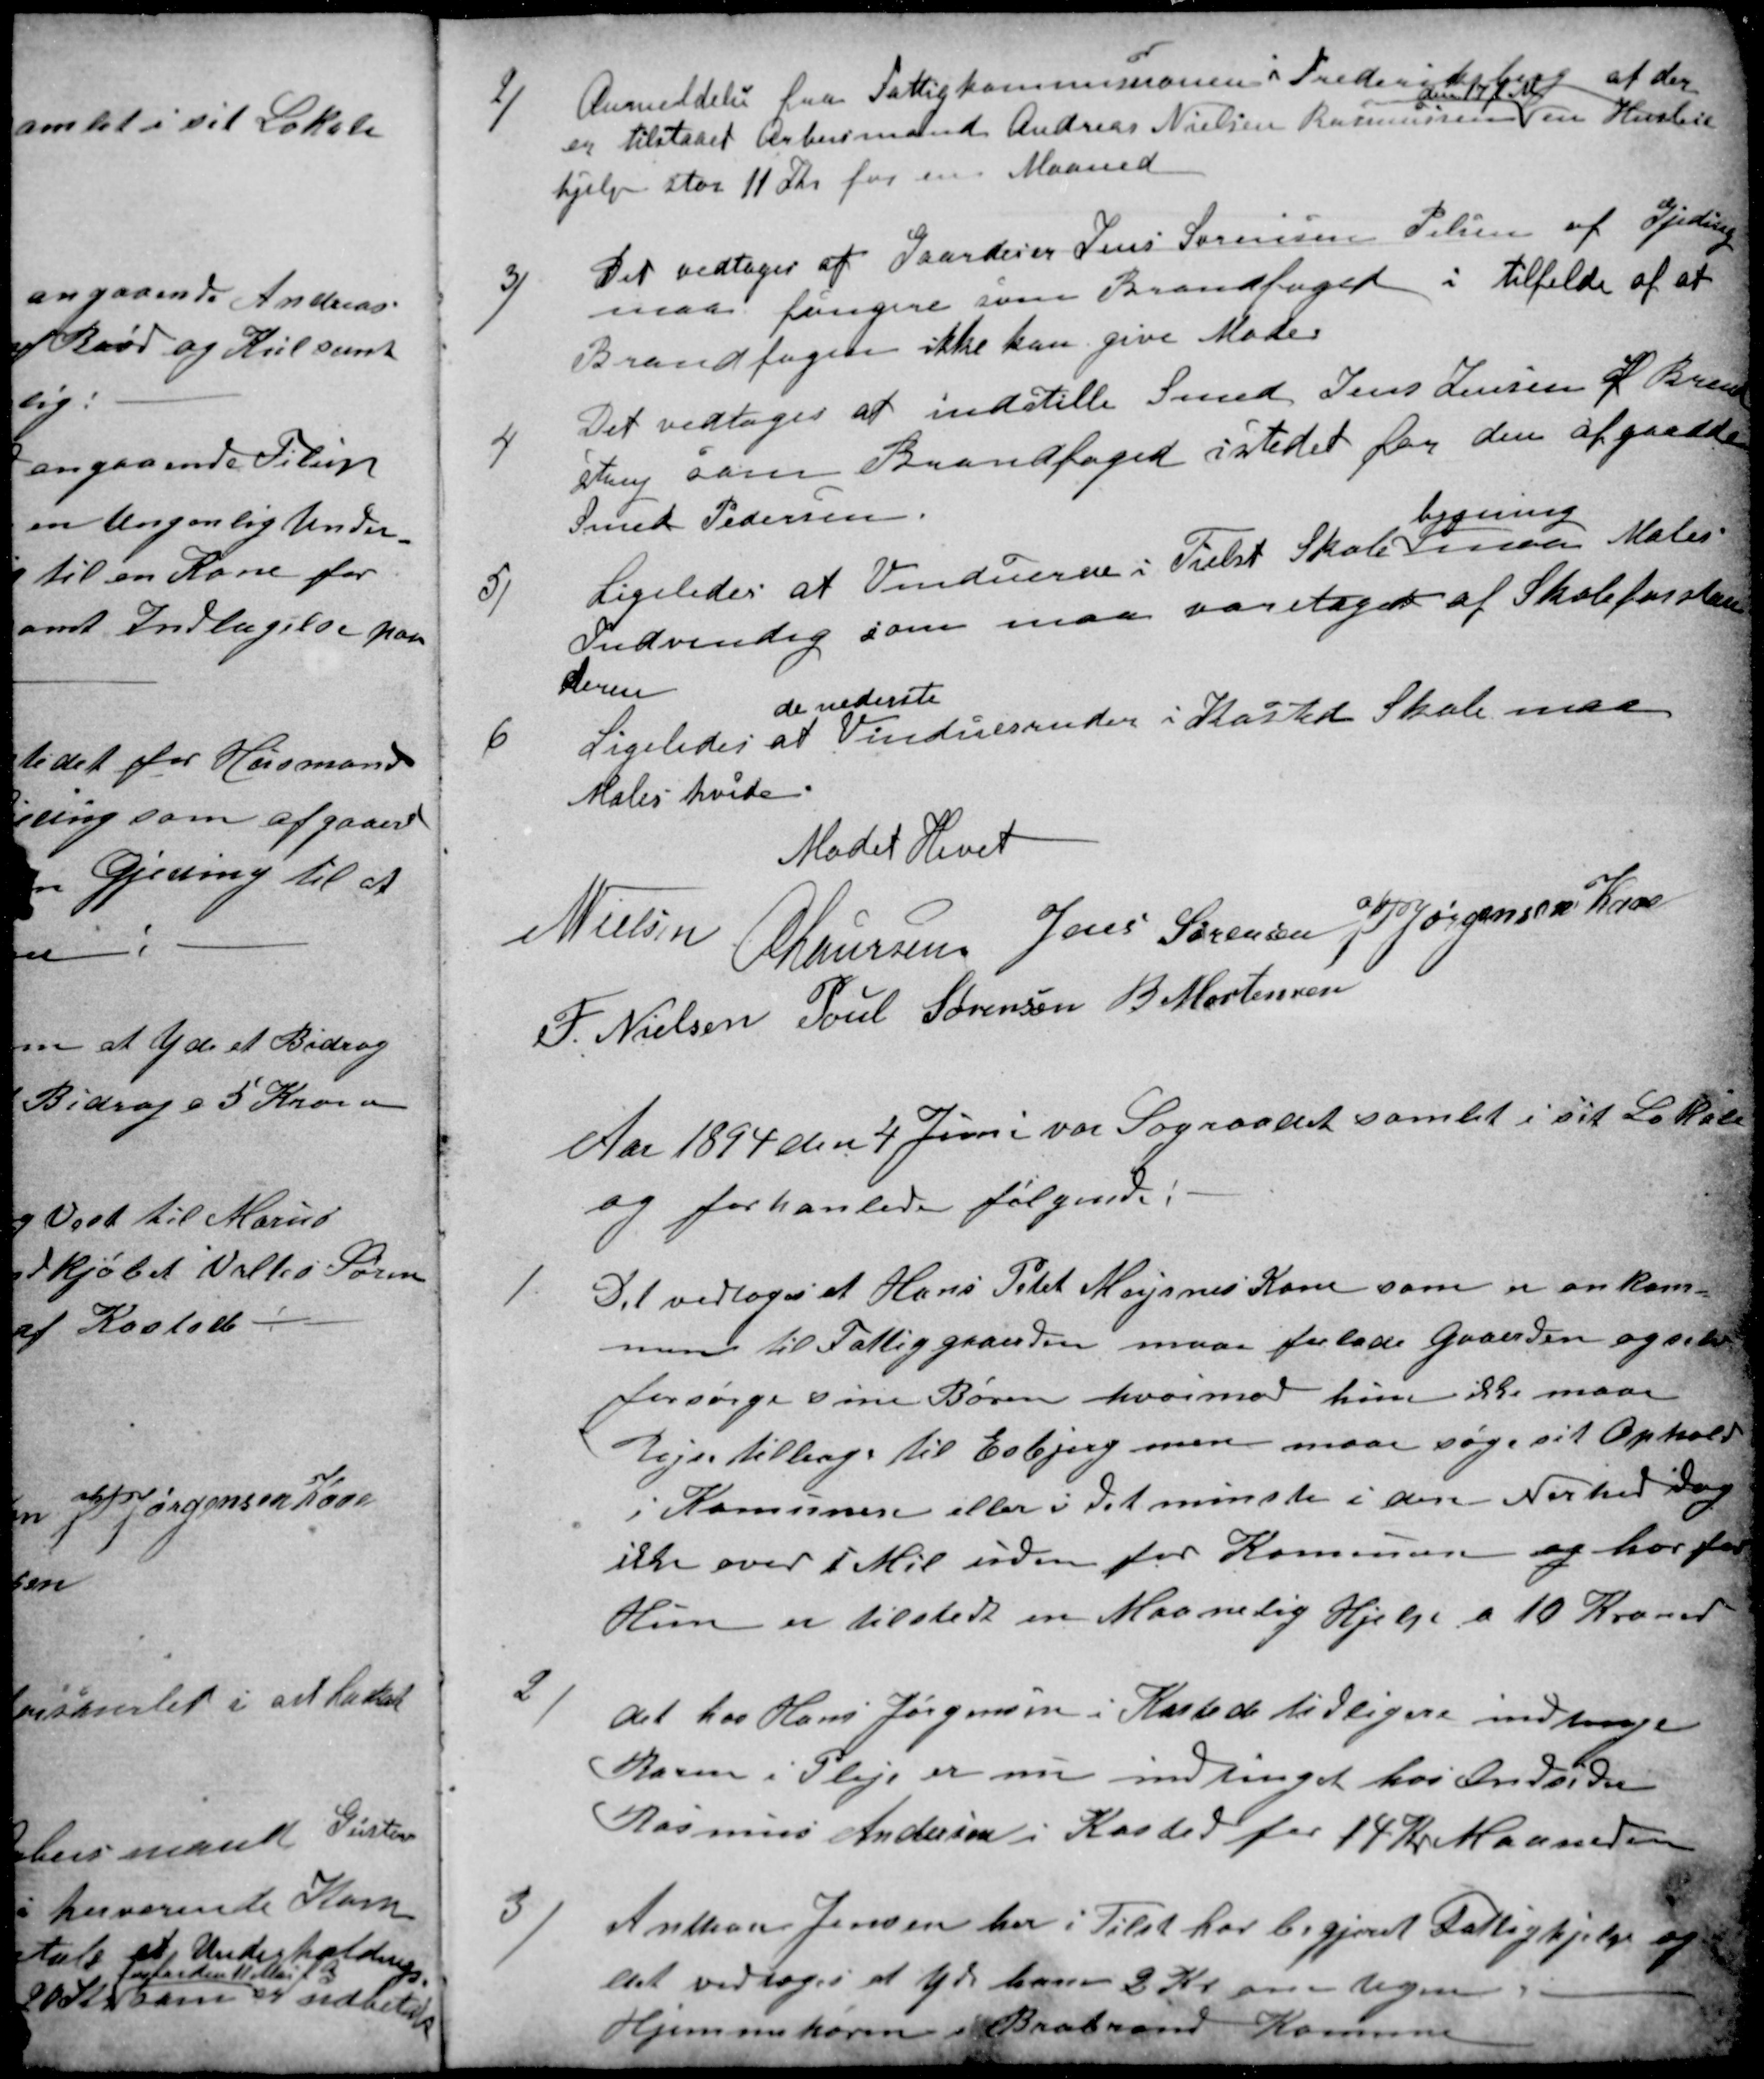
Transskription:
2)
Anmeldelse fra Fattigkommissionen i Frederiksberg at der
er tilstaaet Arbeismand Andreas Nielsen Rasmussen
den 17 f M
en Husleie
hjelp stor 11 Kr for en Maaned
3)
Det vedtoges at Gaardeier Jens Sørensen Pelsen af Gjeding
maa fungere som Brandfoged i tilfælde af at
Brandfogen ikke kan give Møde
4
Det vedtoges at indstille Smed Jens Jensen af Brend
strup som Brandfoged istedet faa den afgaaede
Smed Pedersen.
5)
Ligeledes at Vinduerne i Tilst Skole
bygning
maa Males
Indvendig som maa varetages af Skoleforstan
deren
6
Ligeledes at 
de nederste
Vinduesruder i Kasted Skole maa
Males hvide.
Mødet Hevet
N Nielsen
A Laursen Jens Sørensen J P Jørgensen Kaae
F. Nielsen Poul Sørensen B. Mortensen
Aar 1894 den 4 Juni var Sognaadet samlet i sit Lokale
og forhanlede følgende:
1.
Det vedtoges at Hans Peter Majsnes Kone som er ankom=
men til Fattiggaarden maa forlade Gaarden og selv
forsørge sine Børn hvorimod hun ikke maa
Rejse tilbage til Esbjerg men maa søge sit Ophold
i Kommunen eller i det minste i dens Nærhed dog
ikke over 1 Mil uden for Kommunen og hvorfor
Hun er tilstedt en Maanelig Hjelp a 10 Kroner
2)
det hos Hans Jørgensen i Kasted tidligere indtagne
Barn i Pleje er nu indtinget hos Indsider
Rasmus Andersen i Kasted for 14 Kr Maaneden
3)
Anthon Jensen her i Tilst har begjeret Fattighjelp og
det vedtoges at yde ham 2 Kr om Ugen.
Hjemmehøren i Brabrand Komune